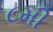
૮મી